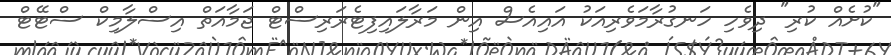
"ކުށެއް ކުރި" ދިވެހި ހަނގުރާމަވެރިއަކު އައިއެސް އިން މަރާލައިފިޓެރަރިސްޓް ޖަމާއަތް އިސްލާމިކް ސްޓޭޓް